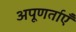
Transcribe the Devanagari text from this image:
अपूणर्ताएँ